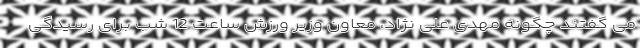
می گفتند چگونه مهدی علی نژاد، معاون وزیر ورزش ساعت 12 شب برای رسیدگی